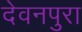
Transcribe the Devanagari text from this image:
देवनपुरा